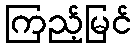
ကြည့်မြင်